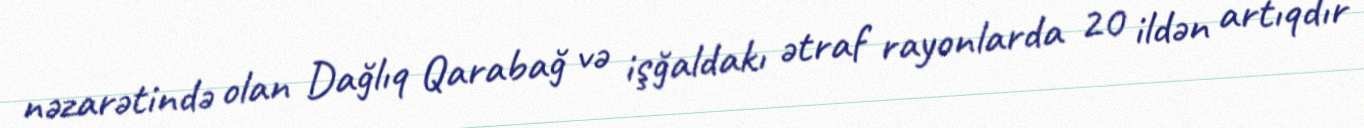
nəzarətində olan Dağlıq Qarabağ və işğaldakı ətraf rayonlarda 20 ildən artıqdır